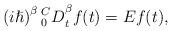
LaTeX: \begin{align*}\left(i\hslash\right)^{\beta}{{}_0^CD}_t^{\beta{}}f(t)=Ef(t),\end{align*}